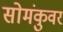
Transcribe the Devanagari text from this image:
सोमंकुवर